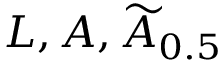
L , A , { \widetilde { A } } _ { 0 . 5 }